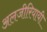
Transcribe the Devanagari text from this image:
अलजीरियायी